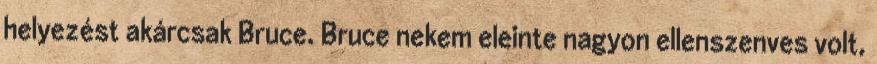
helyezést akárcsak Bruce. Bruce nekem eleinte nagyon ellenszenves volt,